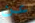
عن